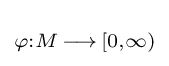
\scriptstyle \varphi :M\,\longrightarrow \,[0,\infty )